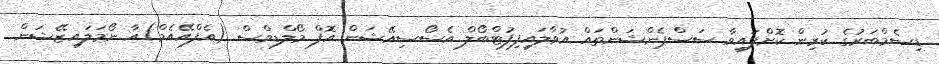
ޑިސެމްބަރުގެ ކުރިން ކޮށްފައިވާ ސަސްޕެންޝަންތައް އުވާލައިފިފުޓްބޯލް އެސޯސިއޭޝަން އޮފް މޯލްޑިވްސް (އެފްއޭއެމް)އާ ނޯމަލައިޒޭޝަން